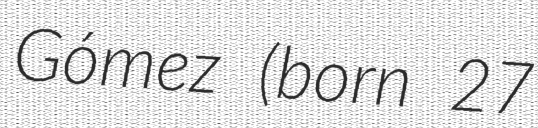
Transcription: Gómez (born 27